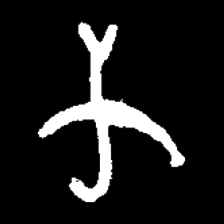
Pyu character \u2014 Myanmar letter: က (romanized: ka)